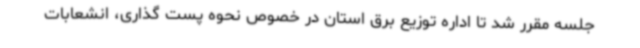
جلسه مقرر شد تا اداره توزیع برق استان در خصوص نحوه پست گذاری، انشعابات